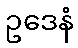
ဥဒေနံ